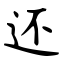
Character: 还